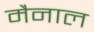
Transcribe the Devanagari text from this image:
मैनाल